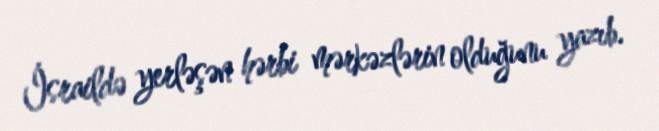
İsraildə yerləşən hərbi mərkəzlərin olduğunu yazıb.